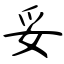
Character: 妥